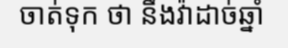
ចាត់ទុក ថា នឹងវ៉ាដាច់ឆ្នាំ